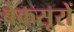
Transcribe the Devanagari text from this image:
बेकसूरों